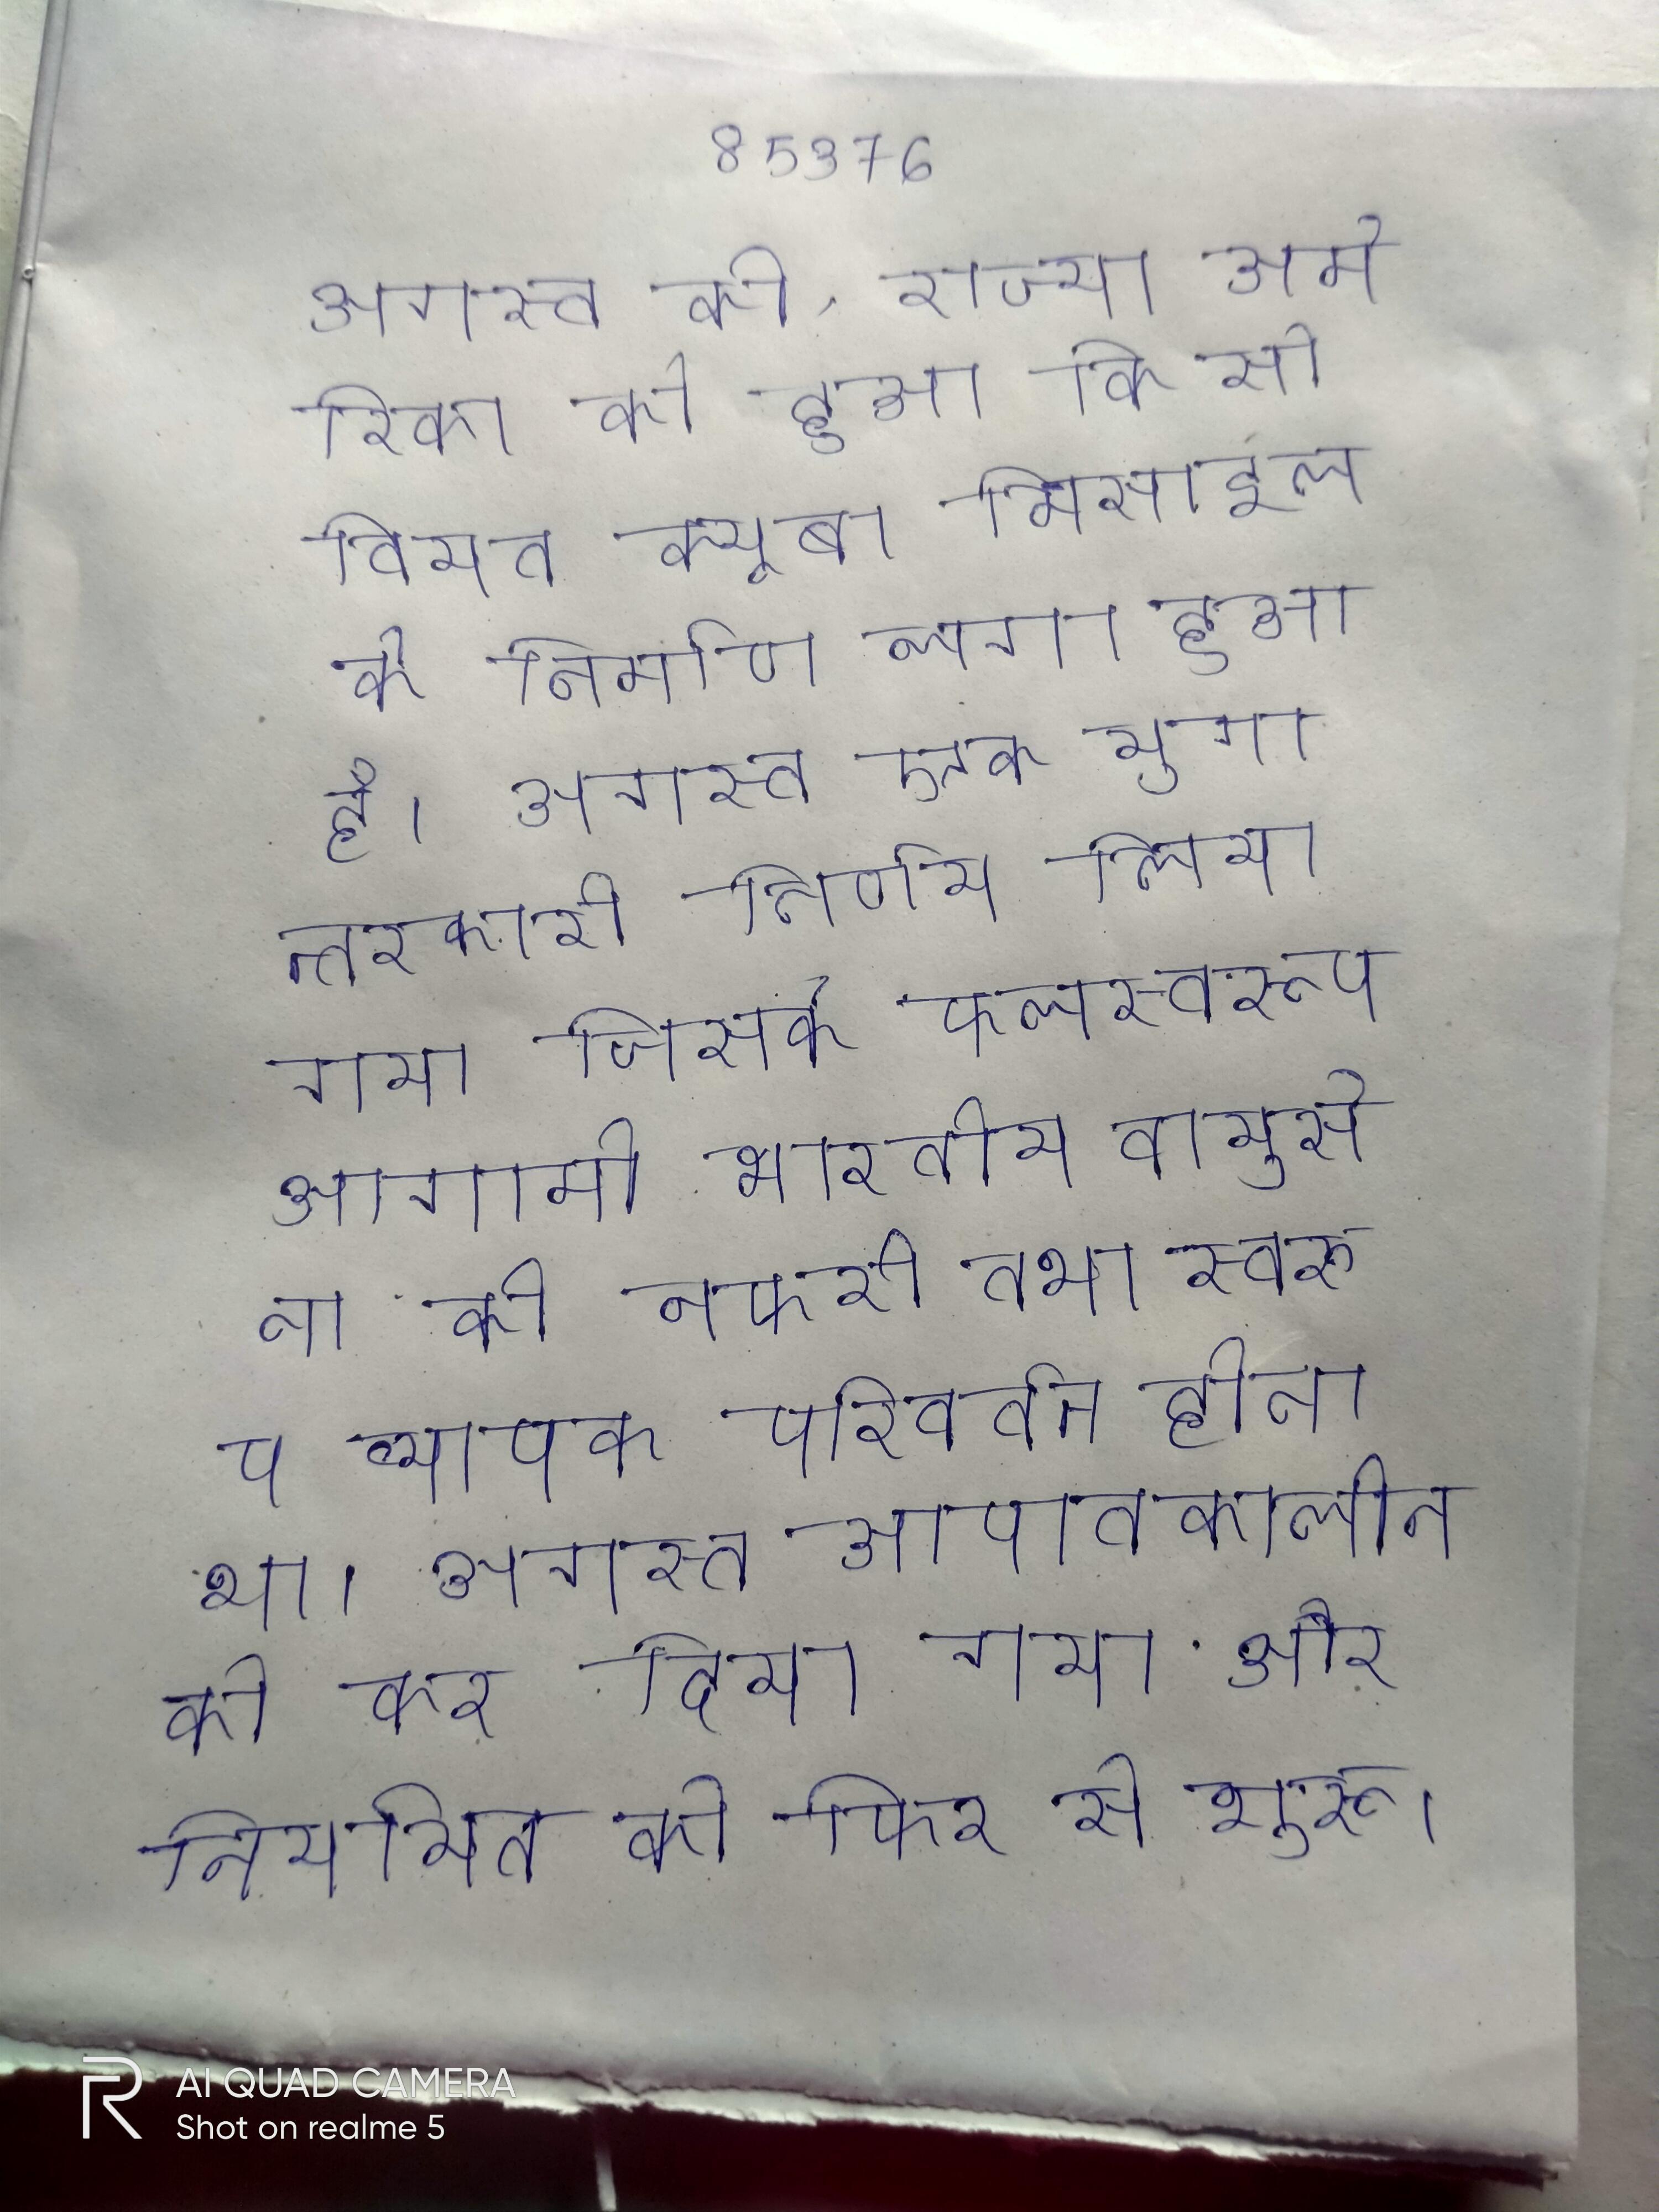
अगस्त को, राज्य अमेरिका को हुआ कि सोवियत क्यूबा मिसाइल के निर्माण लगा हुआ है । अगस्त एक युगान्तरकारी निर्णय लिया गया जिसके फलस्वरूप आगामी भारतीय वायुसेना की नफरी तथा स्वरूप व्यापक परिवर्तन होना था । अगस्त आपातकालीन को कर दिया गया और नियमित को फिर से शुरू किया गया ।